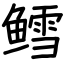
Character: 鳕